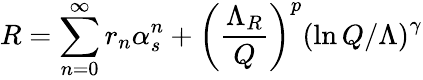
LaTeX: R=\sum_{n=0}^{\infty}r_{n}\alpha_{s}^{n}+\left(\frac{\Lambda_{R}}{Q}\right)^{p}\left(\ln Q/\Lambda\right)^{\gamma}